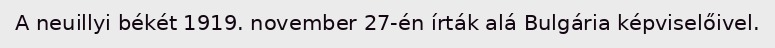
A neuillyi békét 1919. november 27-én írták alá Bulgária képviselőivel.